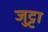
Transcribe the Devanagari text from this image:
जुट्टा